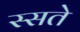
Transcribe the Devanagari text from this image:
स्सते